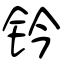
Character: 钤